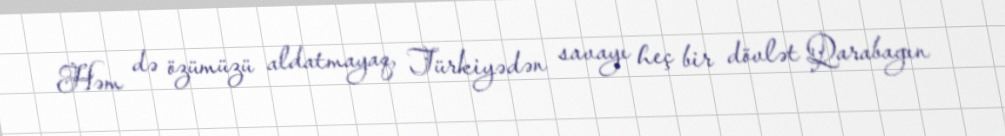
Həm də özümüzü aldatmayaq, Türkiyədən savayı heç bir dövlət Qarabagın